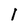
Character: I